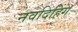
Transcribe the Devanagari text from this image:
नवदिहिंग